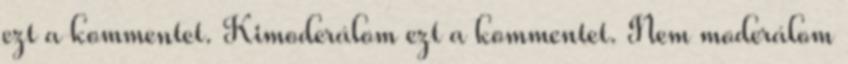
ezt a kommentet. Kimoderálom ezt a kommentet. Nem moderálom